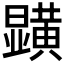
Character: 𭨏